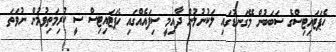
ހެޕަޓައިޓިސްގެ ސަބަބުން މޭގަނޑުގައި ލަކުނުލުން ދާއިމީ ސިފައެއްގައި ހެޕަޓައިޓިސް ސީ ކުރިމަތިވުމުން ނުވަތަ